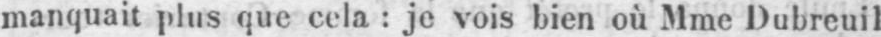
manquait plus que cela: je vois bien où Mme Dubreuil